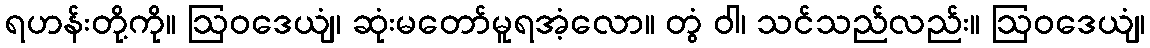
ရဟန်းတို့ကို။ ဩဝဒေယျံ၊ ဆုံးမတော်မူရအံ့လော။ တွံ ဝါ၊ သင်သည်လည်း။ ဩဝဒေယျံ၊